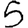
Digit: 5